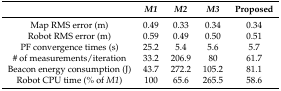
<table><thead><tr><td></td><td><b><i>M1</i></b></td><td><b><i>M2</i></b></td><td><b><i>M3</i></b></td><td><b>Proposed</b></td></tr></thead><tbody><tr><td>Map RMS error (m)</td><td>0.49</td><td>0.33</td><td>0.34</td><td>0.34</td></tr><tr><td>Robot RMS error (m)</td><td>0.59</td><td>0.49</td><td>0.50</td><td>0.51</td></tr><tr><td>PF convergence times (s)</td><td>25.2</td><td>5.4</td><td>5.6</td><td>5.7</td></tr><tr><td># of measurements/iteration</td><td>33.2</td><td>206.9</td><td>80</td><td>61.7</td></tr><tr><td>Beacon energy consumption (J)</td><td>43.7</td><td>272.2</td><td>105.2</td><td>81.1</td></tr><tr><td>Robot CPU time (% of <i>M1</i>)</td><td>100</td><td>65.6</td><td>265.5</td><td>58.6</td></tr></tbody></table>